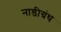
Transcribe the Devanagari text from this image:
नाडीग्रंथ